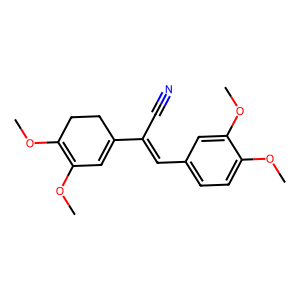
SMILES: COC1=C(OC)CCC(C(C#N)=Cc2ccc(OC)c(OC)c2)=C1
Inhibits HIV replication: No